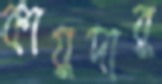
কায়দার